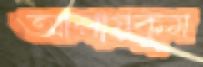
আলায়কুম